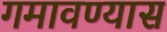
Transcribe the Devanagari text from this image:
गमावण्यास